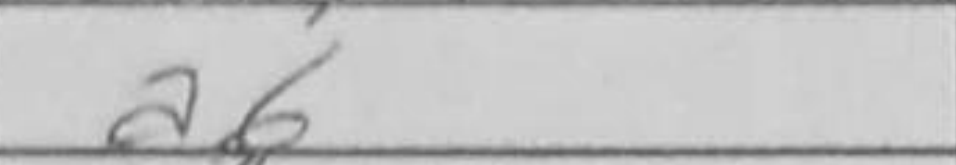
Transcription: a6